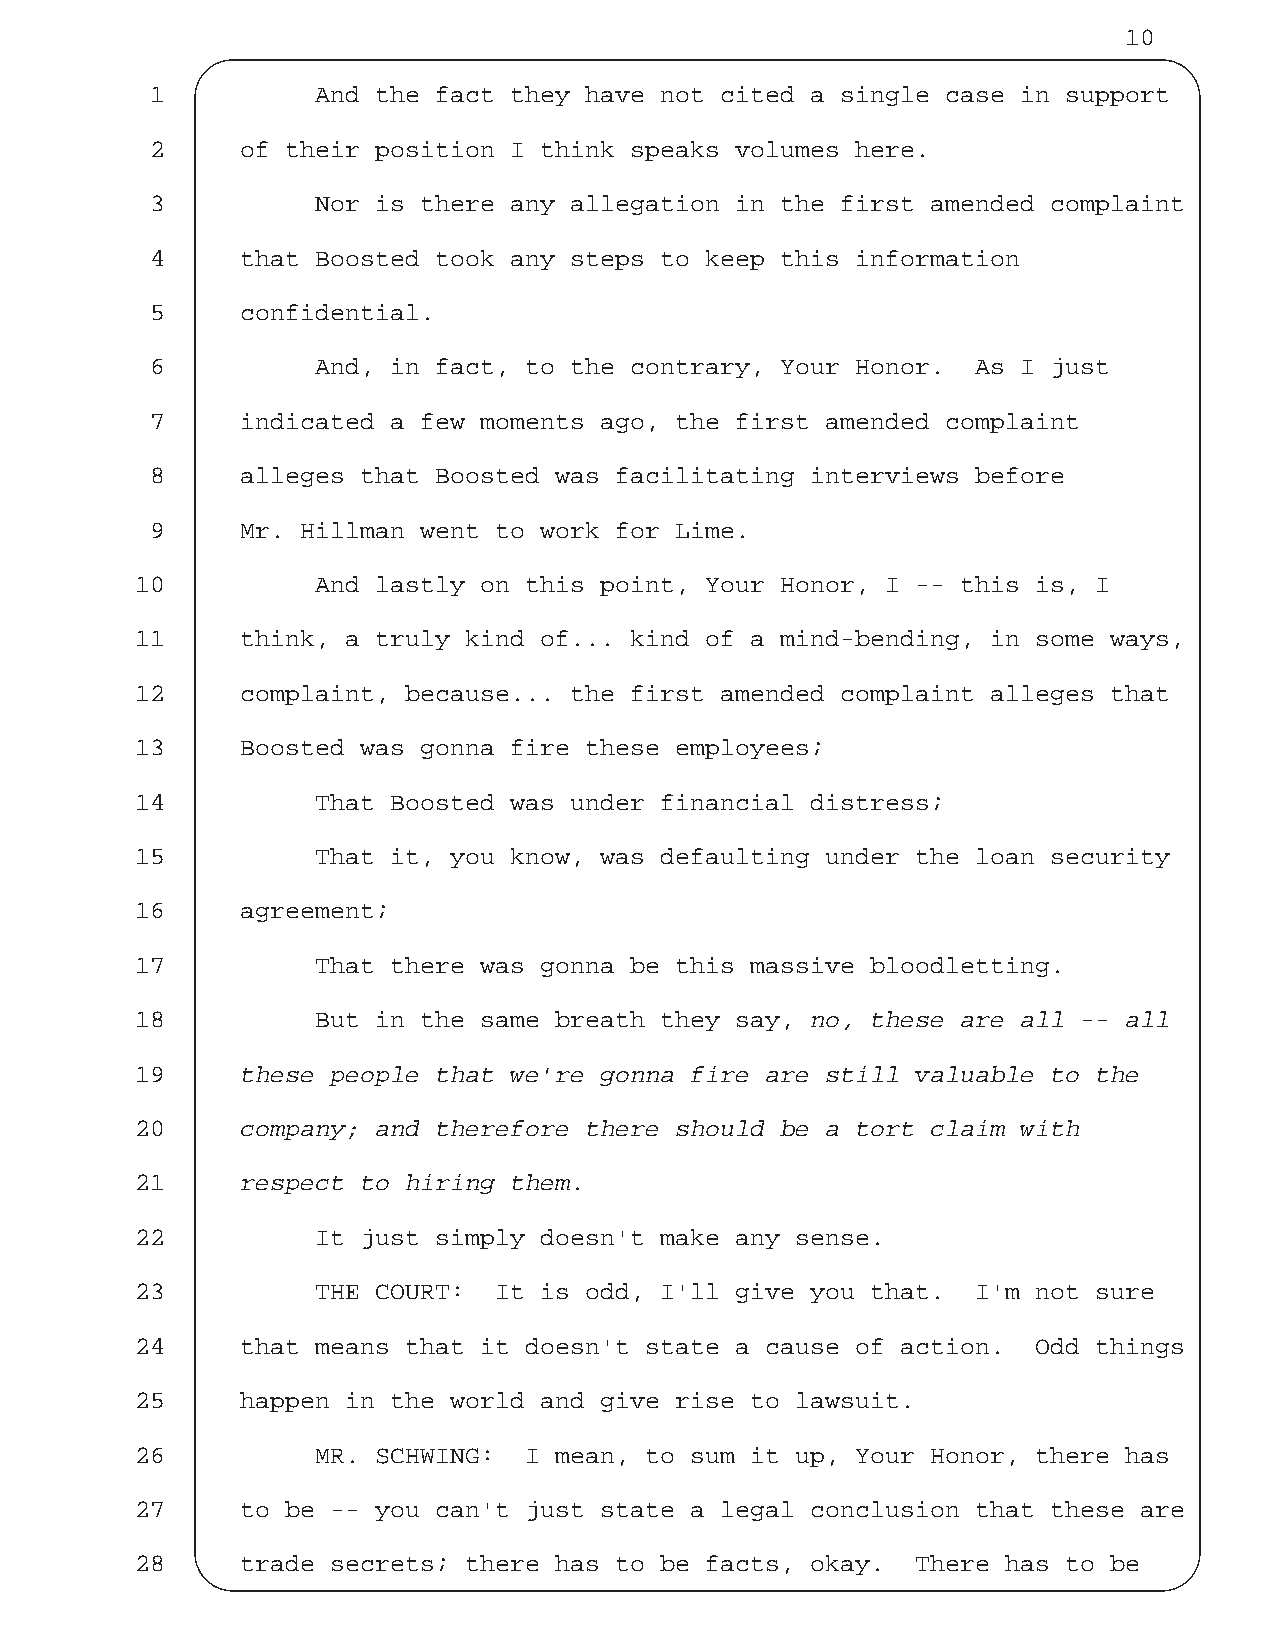
10
 1          And the fact they have not cited a single case in support
 2     of their position I think speaks volumes here.
 3          Nor is there any allegation in the first amended complaint
 4     that Boosted took any steps to keep this information
 5     confidential.
 6          And, in fact, to the contrary, Your Honor.  As I just
 7     indicated a few moments ago, the first amended complaint
 8     alleges that Boosted was facilitating interviews before
 9     Mr. Hillman went to work for Lime.
 10          And lastly on this point, Your Honor, I -- this is, I
 11     think, a truly kind of... kind of a mind-bending, in some ways,
 12     complaint, because... the first amended complaint alleges that
 13     Boosted was gonna fire these employees;
 14          That Boosted was under financial distress;
 15          That it, you know, was defaulting under the loan security
 16     agreement;
 17          That there was gonna be this massive bloodletting.
 18          But in the same breath they say, no, these are all -- all
 19     these people that we're gonna fire are still valuable to the
 20     company; and therefore there should be a tort claim with
 21     respect to hiring them.
 22          It just simply doesn't make any sense.
 23          THE COURT:  It is odd, I'll give you that.  I'm not sure
 24     that means that it doesn't state a cause of action.  Odd things
 25     happen in the world and give rise to lawsuit.
 26          MR. SCHWING:  I mean, to sum it up, Your Honor, there has
 27     to be -- you can't just state a legal conclusion that these are
 28     trade secrets; there has to be facts, okay.  There has to be